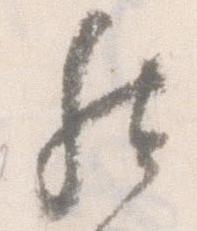
然